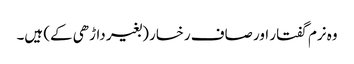
وہ نرم گفتار اور صاف رخسار (بغیر داڑھی کے) ہیں۔